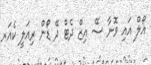
އޯލް އައި ވޮނާ ސޭ އިޒް ދެޓް ދޭ ޑޯން ރިއަލީ ކެއަރ